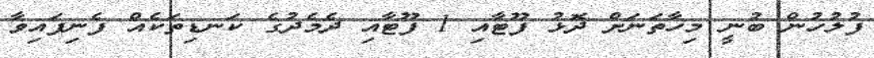
ފުލުހުން ބުނީ މިހާތަނަށް ދޮޅު ފޫޓާއި 1 ފޫޓާއި ދެމެދުގެ ކަނޑިތަކެއް ފެނިފައިވާ